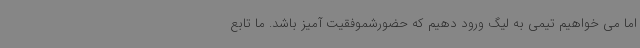
اما می خواهیم تیمی به لیگ ورود دهیم که حضورشموفقیت آمیز باشد. ما تابع